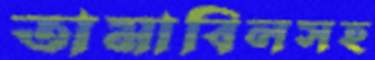
তামাবিলসহ